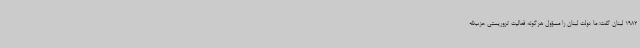
1982 لبنان گفت: ما دولت لبنان را مسؤول هرگونه فعالیت تروریستی حزب‌الله